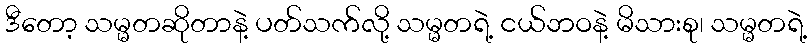
ဒီတော့ သမ္မတဆိုတာနဲ့ ပတ်သက်လို့ သမ္မတရဲ့ ငယ်ဘဝနဲ့ မိသားစု၊ သမ္မတရဲ့